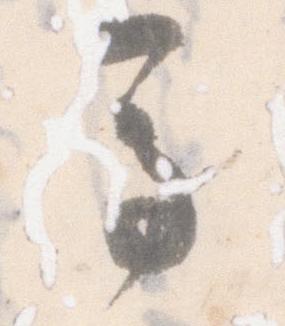
馬